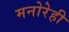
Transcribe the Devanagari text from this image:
मनोरेही